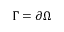
\Gamma = \partial \Omega